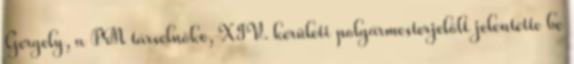
Gergely, a PM társelnöke, XIV. kerületi polgármesterjelölt jelentette be